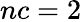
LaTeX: nc=2